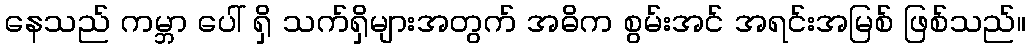
နေသည် ကမ္ဘာ ပေါ် ရှိ သက်ရှိများအတွက် အဓိက စွမ်းအင် အရင်းအမြစ် ဖြစ်သည်။